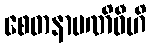
စေတနာပဏိဓီဟိ